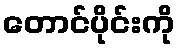
တောင်ပိုင်းကို